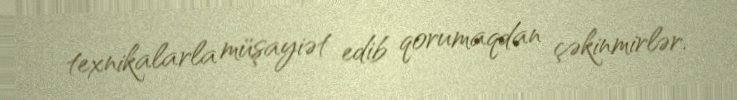
texnikalarla müşayiət edib qorumaqdan çəkinmirlər.